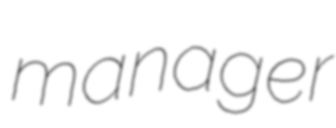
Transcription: manager